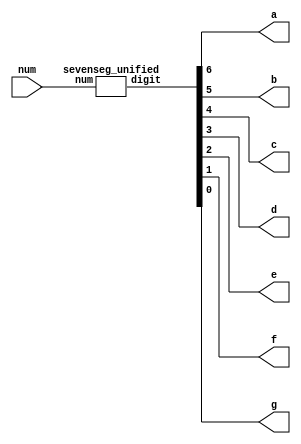
`timescale 1ns / 1ps

module sevenseg (
    input [4:0] num,
    output a, output b, output c,
    output d, output e, output f,
    output g
    );
    wire [6:0] digit;
    sevenseg_unified seg_unified(.num(num), .digit(digit[6:0]));
    assign a = digit[6];
    assign b = digit[5];
    assign c = digit[4];
    assign d = digit[3];
    assign e = digit[2];
    assign f = digit[1];
    assign g = digit[0];

endmodule

module sevenseg_unified(input [4:0] num, output reg [6:0] digit);
    always @ *
        begin
            case (num)
                5'd0    : digit = 7'b0000001; // 0
                5'd1    : digit = 7'b1001111; // 1
                5'd2    : digit = 7'b0010010; // 2
                5'd3    : digit = 7'b0000110; // 3
                5'd4    : digit = 7'b1001100; // 4
                5'd5    : digit = 7'b0100100; // 5
                5'd6    : digit = 7'b0100000; // 6
                5'd7    : digit = 7'b0001111; // 7
                5'd8    : digit = 7'b0000000; // 8
                5'd9    : digit = 7'b0000100; // 9
                5'd10   : digit = 7'b0001000; // A
                5'd11   : digit = 7'b1100000; // b
                5'd12   : digit = 7'b0110001; // C
                5'd13   : digit = 7'b1000010; // d
                5'd14   : digit = 7'b0110000; // E
                5'd15   : digit = 7'b0111000; // f
                //--------------------------------
                5'd16   : digit = 7'b1110001; // L
                5'd17   : digit = 7'b1101010; // n
                5'd18   : digit = 7'b0011000; // P
                5'd19   : digit = 7'b1000100; // y
                default : digit = 7'b1111111; // _
            endcase
        end
        
endmodule